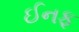
ઈનફ